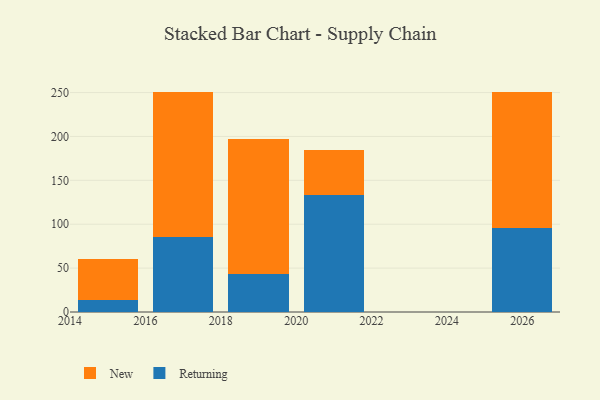
{"axis": {"x": "Year", "y": "Website Visitors"}, "legend": ["New", "Returning"], "data": [{"x": "2017", "y": 85.9, "type": "Returning"}, {"x": "2017", "y": 164.9, "type": "New"}, {"x": "2015", "y": 13.3, "type": "Returning"}, {"x": "2015", "y": 46.7, "type": "New"}, {"x": "2021", "y": 133.6, "type": "Returning"}, {"x": "2021", "y": 51.1, "type": "New"}, {"x": "2019", "y": 43.3, "type": "Returning"}, {"x": "2019", "y": 153.5, "type": "New"}, {"x": "2026", "y": 95.7, "type": "Returning"}, {"x": "2026", "y": 155.4, "type": "New"}]}